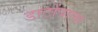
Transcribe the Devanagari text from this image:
डाटोंवाला